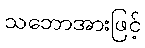
သဘောအားဖြင့်